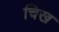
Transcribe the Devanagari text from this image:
चिख